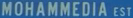
MOHAMMEDIA EST